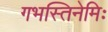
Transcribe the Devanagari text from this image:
गभस्तिनेमिः